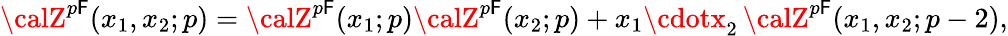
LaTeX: {\calZ}^{p\mathsf{F}}(x_{1},x_{2};p)={\calZ}^{p\mathsf{F}}(x_{1};p){\calZ}^{p\mathsf{F}}(x_{2};p)+x_{1}\cdotx_{2}\, {\calZ}^{p\mathsf{F}}(x_{1},x_{2};p-2),